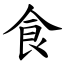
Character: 食